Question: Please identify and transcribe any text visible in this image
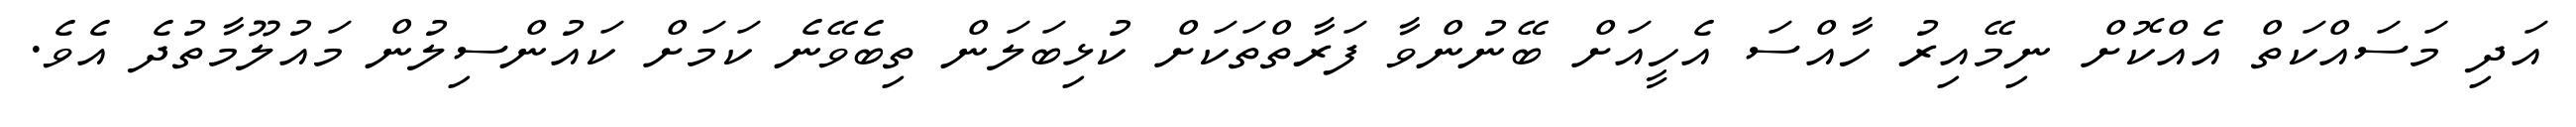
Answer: އަދި މަސައްކަތް އެއްކޮށް ނިމޭއިރު ހާއްސަ އެހީއަށް ބޭނުންވާ ފަރާތްތަކަށް ކުޅިބަލަން ތިބެވޭނެ ކަމަށް ކައުންސިލުން މައުލޫމާތުދެ އެވެ.